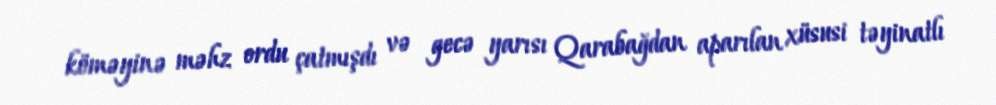
köməyinə məhz ordu çatmışdı və gecə yarısı Qarabağdan aparılan xüsusi təyinatlı